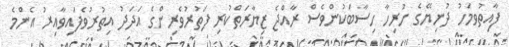
ފާއިތުވމަހު ދުނިޔޭގެ ހުރިހާ ހިސާބަކުންވެސް ރާއްޖެ ޒިޔާރަތްކުރި ފަތުރުވެރިންގެ އަދަދު އިތުރުވެފައިވާއިރު އެންމެ